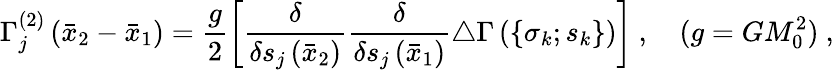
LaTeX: \Gamma_{j}^{(2)}\left({\bar{x}}_{2}-{\bar{x}}_{1}\right)=\frac{g}{2}\left[\frac{\delta}{\delta s_{j}\left({\bar{x}}_{2}\right)}\frac{\delta}{\delta s_{j}\left({\bar{x}}_{1}\right)}\triangle\Gamma\left(\lbrace\sigma_{k};s_{k}\rbrace\right)\right]\ ,\quad(g=GM_{0}^{2})\ ,